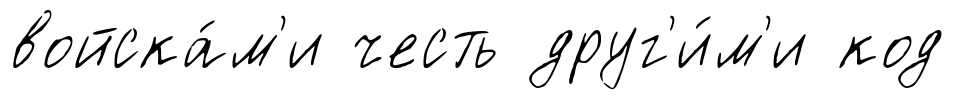
войска́м'и честь друг'и́м'и код